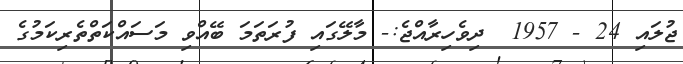
ޖުލައި 24 - 1957  ދިވެހިރާއްޖެ:- މާލޭގައި ފުރަތަމަ ބޭއްވި މަސައްކަތްތެރިކަމުގެ